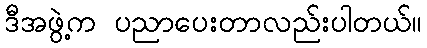
ဒီအဖွဲ့က ပညာပေးတာလည်းပါတယ်။